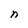
Character: n